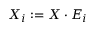
X _ { i } : = \boldsymbol { X } \cdot \boldsymbol { E } _ { i }